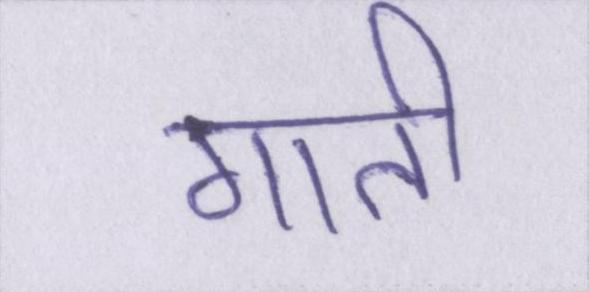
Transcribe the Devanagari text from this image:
गाती